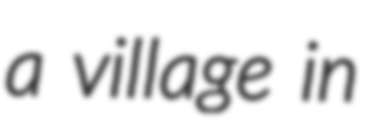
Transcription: a village in